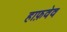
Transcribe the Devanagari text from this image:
हाफ़वेव